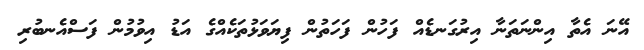
އޭނަ އެތާ އިންނަތަނާ އިރުގަނޑެއް ފަހުން ފަހަތުން ފިޔަވަޅުތަކެއްގެ އަޑު އިވުމުން ފަސްއެނބުރި